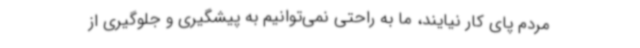
مردم پای کار نیایند، ما به راحتی نمی‌توانیم به پیشگیری و جلوگیری از